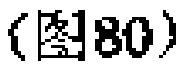
(图80)